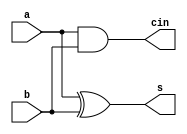
module HalfAdder (a, b, cin, s);
input a, b;
output cin, s;

//s=a+b;
//cin=a*b;

xor(s, a, b);
and(cin, a, b);
endmodule